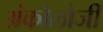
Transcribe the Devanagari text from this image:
अंकोलोजी